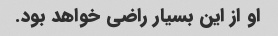
او از این بسیار راضی خواهد بود.